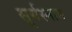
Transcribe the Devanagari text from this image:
सूर्यस्नान